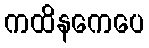
ကထိနကေပေ